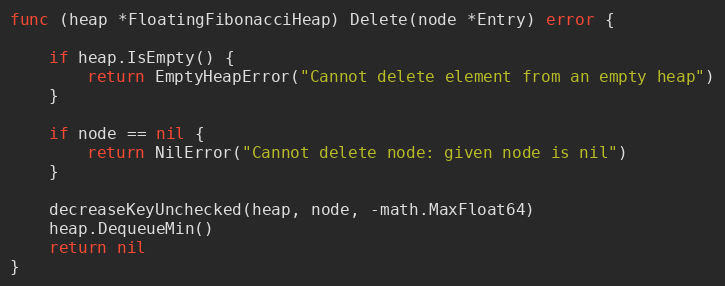
Language: Go
func (heap *FloatingFibonacciHeap) Delete(node *Entry) error {

	if heap.IsEmpty() {
		return EmptyHeapError("Cannot delete element from an empty heap")
	}

	if node == nil {
		return NilError("Cannot delete node: given node is nil")
	}

	decreaseKeyUnchecked(heap, node, -math.MaxFloat64)
	heap.DequeueMin()
	return nil
}